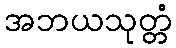
အဘယသုတ္တံ